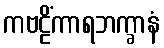
ကဗဠိံကာရဘက္ခာနံ